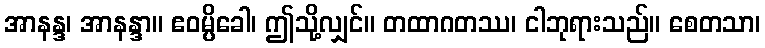
အာနန္ဒ၊ အာနန္ဒာ။ ဧဝမ္ပိခေါ၊ ဤသို့လျှင်။ တထာဂတဿ၊ ငါဘုရားသည်။ စေတသာ၊